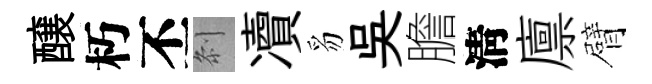
醸朽丕𠛴凟豸吳膽淸廪臂